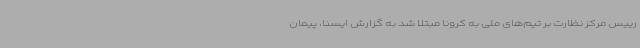
رییس مرکز نظارت بر تیم‌های ملی به کرونا مبتلا شد به گزارش ایسنا، پیمان